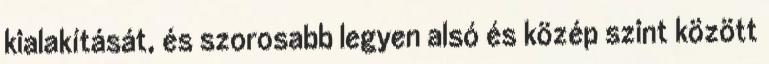
kialakítását, és szorosabb legyen alsó és közép szint között